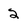
Character: 2